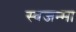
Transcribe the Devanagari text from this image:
स्वजन्मा